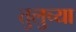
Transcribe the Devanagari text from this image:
तुलुच्या